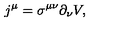
j ^ { \mu } = \sigma ^ { \mu \nu } \partial _ { \nu } V ,